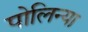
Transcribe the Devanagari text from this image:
पोलिन्या